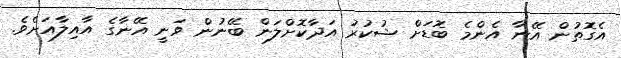
އެގޮތުން އޭނާ އެންމެ ބޮޑަށް ޝުކުރު އަދާކޮށްލަން ބޭނުން ވަނީ އޭނާގެ އާއިލާއަށެވެ.